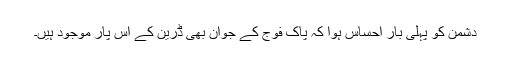
دشمن کو پہلی بار احساس ہوا کہ پاک فوج کے جوان بھی ڈرین کے اس پار موجود ہیں۔